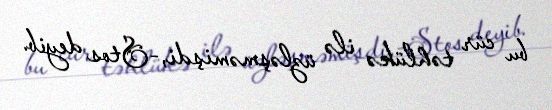
bu cür təhlükə ilə üzləşməmişdi,-Stos deyib.